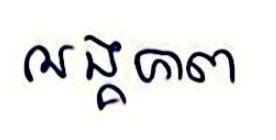
អង្គភាព